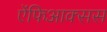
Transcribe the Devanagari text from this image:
ऐंफिआक्सस